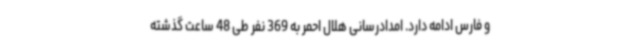
و فارس ادامه دارد. امدادرسانی هلال احمر به 369 نفر طی 48 ساعت گذشته